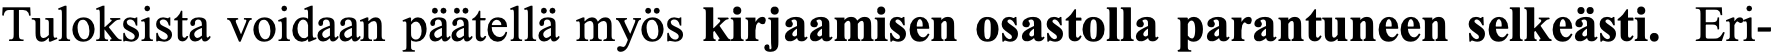
Tuloksista voidaan päätellä myös kirjaamisen osastolla parantuneen selkeästi. Eri-